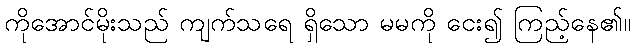
ကိုအောင်မိုးသည် ကျက်သရေ ရှိသော မမကို ငေး၍ ကြည့်နေ၏။